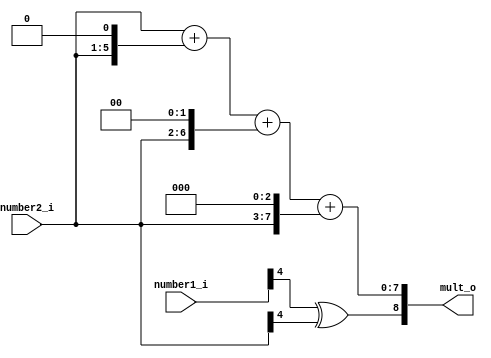
`timescale 1ns / 1ps
//////////////////////////////////////////////////////////////////////////////////
// Company: 
// Engineer: 
// 
// Design Name: 
// Module Name: soru1
// Project Name: 
// Target Devices: 
// Tool Versions: 
// Description: 
// 
// Dependencies: 
// 
// Revision:
// Revision 0.01 - File Created
// Additional Comments:
// 
//////////////////////////////////////////////////////////////////////////////////


module soru1(
    input[4:0]number1_i,
    input[4:0]number2_i,
    output reg [8:0]mult_o=0
    );
    reg [7:0]bir=0;
    reg [7:0]iki=0;
    reg [7:0]uc=0;
    reg [7:0]dort=0;
    always@(number1_i or number2_i) begin
            if(number1_i[0]==1)begin
                bir=number2_i;//kendisini al
            end
            if(number1_i[1]==1)begin
                iki=(number2_i<<1);//2'yle carp
            end
            if(number1_i[2]==1)begin
                uc=(number2_i<<2);//4'le carp
            end
            if(number1_i[3]==1)begin
                dort=(number2_i<<3);//8'le carp
            end
            mult_o[7:0]=bir+iki+uc+dort;   
            mult_o[8]=number1_i[4]^number2_i[4];
    end
endmodule